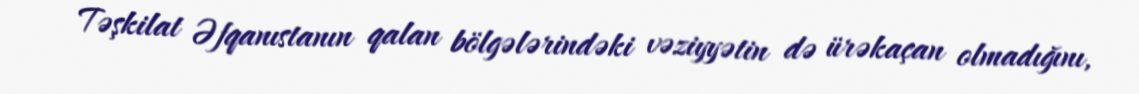
Təşkilat Əfqanıstanın qalan bölgələrindəki vəziyyətin də ürəkaçan olmadığını,